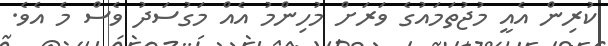
ކުރިން އެއީ މުޖުތަމައުގެ ވަރަށް މުހިންމު އެއް މަގުސަދު ވެސް މެ އެވެ.